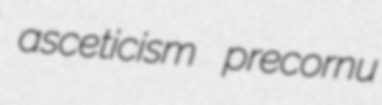
asceticism precornu